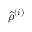
\hat { \rho } ^ { \left( i \right) }